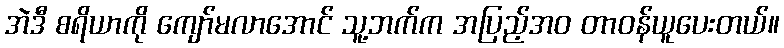
အဲဒီ စရိယာကို ကျော်မလာအောင် သူ့ဘက်က အပြည့်အဝ တာဝန်ယူပေးတယ်။